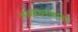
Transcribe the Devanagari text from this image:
आद्याक्षराप्रमाणे